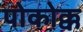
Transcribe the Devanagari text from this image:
पोकोक्क